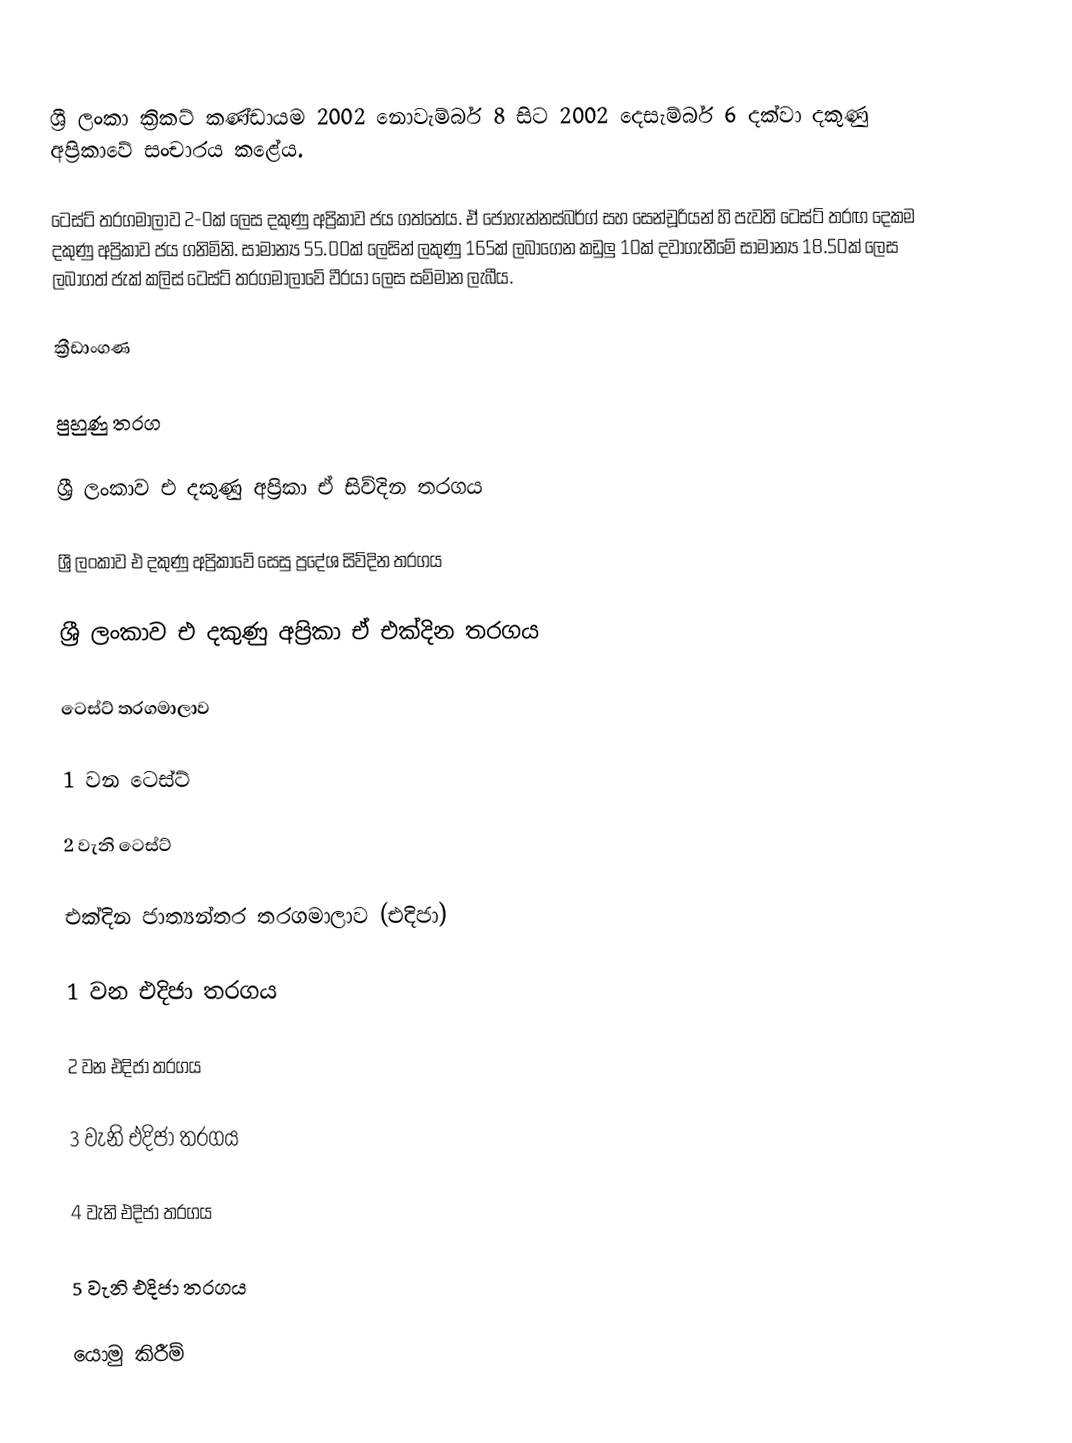
ශ්‍රී ලංකා ක්‍රිකට් කණ්ඩායම 2002 නොවැම්බර් 8 සිට 2002 දෙසැම්බර් 6 දක්වා දකුණු අප්‍රිකාවේ සංචාරය කළේය.

ටෙස්ට් තරගමාලාව 2-0ක් ලෙස දකුණු අප්‍රිකාව ජය ගත්තේය. ඒ ජොහැන්නස්බර්ග් සහ සෙන්චූරියන් හි පැවති ටෙස්ට් තරඟ දෙකම දකුණු අප්‍රිකාව ජය ගනිමිනි. සාමාන්‍ය 55.00ක් ලෙසින් ලකුණු 165ක් ලබාගෙන කඩුලු 10ක් දවාගැනීමේ සාමාන්‍ය 18.50ක් ලෙස ලබාගත් ජැක් කලිස් ටෙස්ට් තරගමාලාවේ වීරයා ලෙස සම්මාන ලැබීය.

ක්‍රීඩාංගණ

පුහුණු තරග

ශ්‍රී ලංකාව එ දකුණු අප්‍රිකා ඒ සිව්දින තරගය

ශ්‍රී ලංකාව එ දකුණු අප්‍රිකාවේ සෙසු ප්‍රදේශ සිව්දින තරගය

ශ්‍රී ලංකාව එ දකුණු අප්‍රිකා ඒ එක්දින තරගය

ටෙස්ට් තරගමාලාව

1 වන ටෙස්ට්

2 වැනි ටෙස්ට්

එක්දින ජාත්‍යන්තර තරගමාලාව (එදිජා)

1 වන එදිජා තරගය

2 වන එදිජා තරගය

3 වැනි එදිජා තරගය

4 වැනි එදිජා තරගය

5 වැනි එදිජා තරගය

යොමු කිරීම්